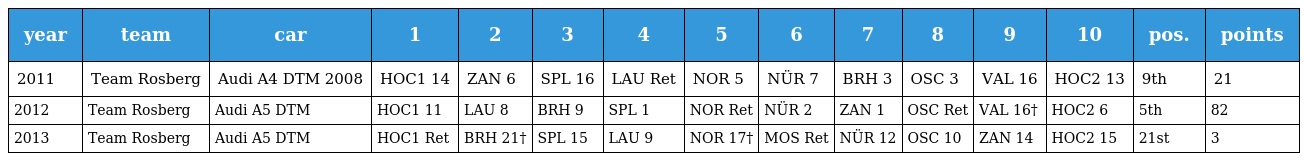
| year | team | car | 1 | 2 | 3 | 4 | 5 | 6 | 7 | 8 | 9 | 10 | pos. | points |
 | --- | --- | --- | --- | --- | --- | --- | --- | --- | --- | --- | --- | --- | --- | --- |
 | 2011 | Team Rosberg | Audi A4 DTM 2008 | HOC1 14 | ZAN 6 | SPL 16 | LAU Ret | NOR 5 | NÜR 7 | BRH 3 | OSC 3 | VAL 16 | HOC2 13 | 9th | 21 |
 | 2012 | Team Rosberg | Audi A5 DTM | HOC1 11 | LAU 8 | BRH 9 | SPL 1 | NOR Ret | NÜR 2 | ZAN 1 | OSC Ret | VAL 16† | HOC2 6 | 5th | 82 |
 | 2013 | Team Rosberg | Audi A5 DTM | HOC1 Ret | BRH 21† | SPL 15 | LAU 9 | NOR 17† | MOS Ret | NÜR 12 | OSC 10 | ZAN 14 | HOC2 15 | 21st | 3 |